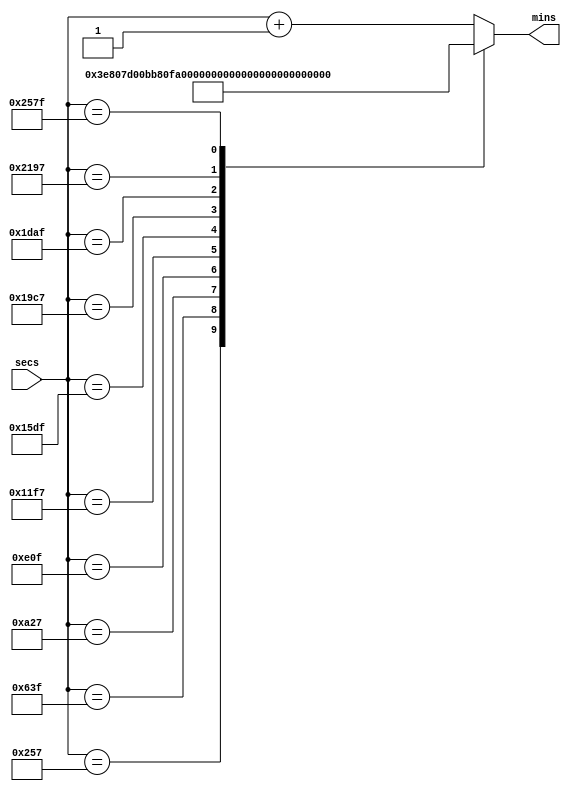
/*
   This file was generated automatically by the Mojo IDE version B1.3.5.
   Do not edit this file directly. Instead edit the original Lucid source.
   This is a temporary file and any changes made to it will be destroyed.
*/

module sec_to_mins_10 (
    input [15:0] secs,
    output reg [15:0] mins
  );
  
  
  
  always @* begin
    
    case (secs)
      10'h257: begin
        mins = 10'h3e8;
      end
      11'h63f: begin
        mins = 11'h7d0;
      end
      12'ha27: begin
        mins = 12'hbb8;
      end
      12'he0f: begin
        mins = 12'hfa0;
      end
      13'h11f7: begin
        mins = 13'h1388;
      end
      13'h15df: begin
        mins = 13'h1770;
      end
      13'h19c7: begin
        mins = 13'h1b58;
      end
      13'h1daf: begin
        mins = 13'h1f40;
      end
      14'h2197: begin
        mins = 14'h2328;
      end
      14'h257f: begin
        mins = 1'h0;
      end
      default: begin
        mins = secs + 1'h1;
      end
    endcase
  end
endmodule